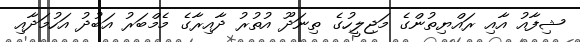
ޝިފާއު އާއި ރައްޔިތުންގެ މަޖިލީހުގެ ތިނަދޫ އުތުރު ދާއިރާގެ މެމްބަރު އަބުދު އަހުމަދާއި